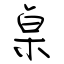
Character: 桌